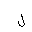
Letter: _lam